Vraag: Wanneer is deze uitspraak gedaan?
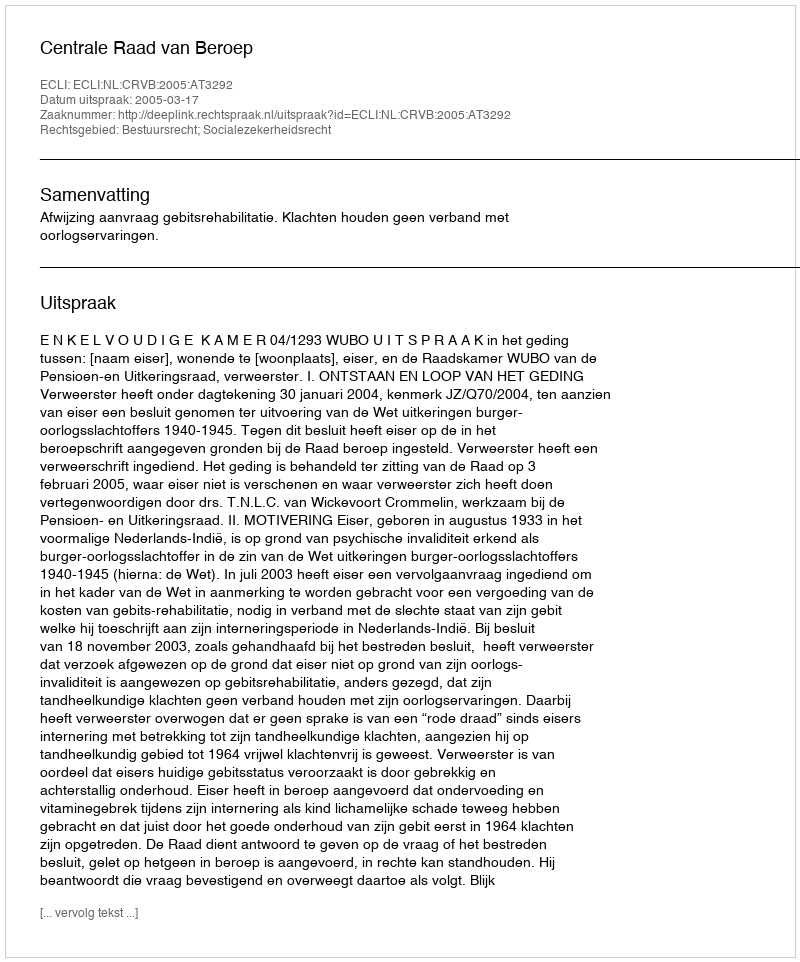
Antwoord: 2005-03-17